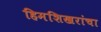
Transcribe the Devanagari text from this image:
हिमशिखरांचा